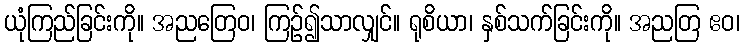
ယုံကြည်ခြင်းကို။ အညတြေဝ၊ ကြဉ်၍သာလျှင်။ ရုစိယာ၊ နှစ်သက်ခြင်းကို။ အညတြ ဧဝ၊